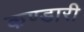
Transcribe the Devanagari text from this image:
कण्डारी